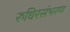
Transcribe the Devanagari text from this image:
रुधिरसंभरण